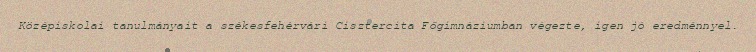
Középiskolai tanulmányait a székesfehérvári Cisztercita Főgimnáziumban végezte, igen jó eredménnyel.